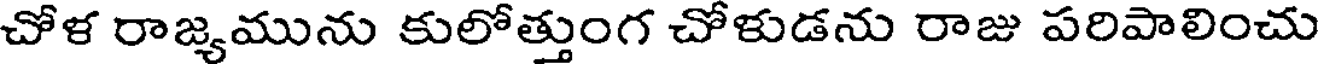
చోళ రాజ్యమును కులోత్తుంగ చోళుడను రాజు పరిపాలించు